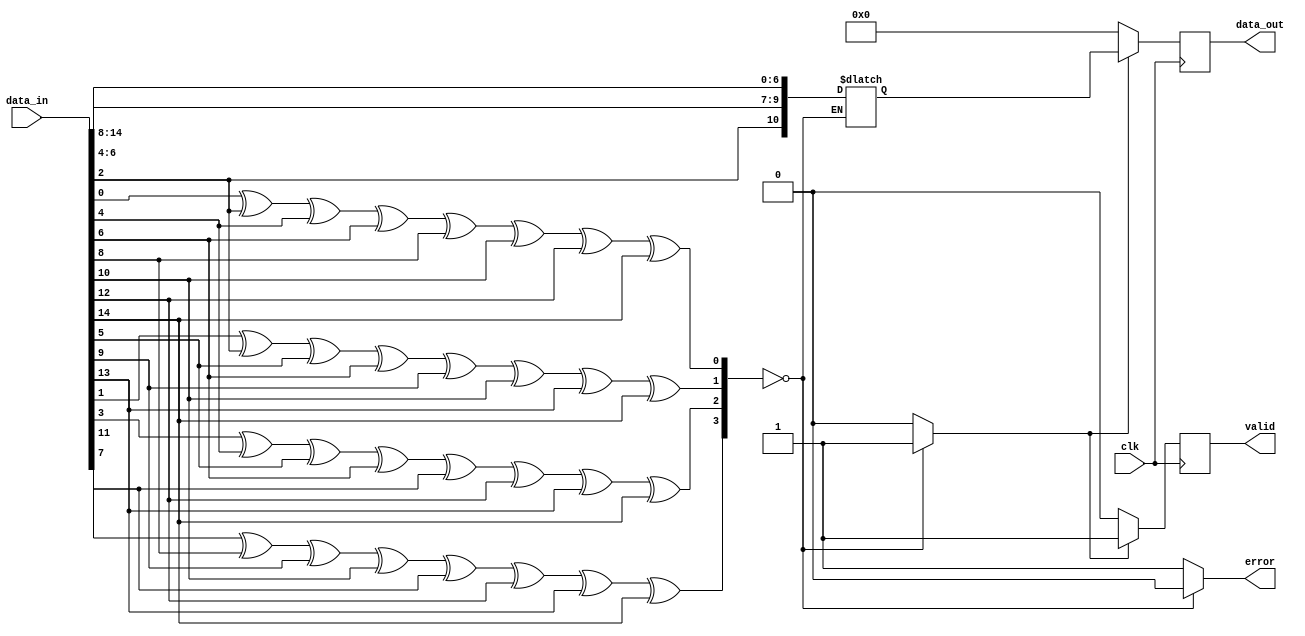
module DataVerifier (
    input wire clk,
    input wire [14:0] data_in,
    output reg [10:0] data_out,
    output reg valid,
    output reg error
);

reg [3:0] parity_bits;
reg [10:0] data_temp;
reg valid_temp;

// Calculate parity bits
always @* begin
    parity_bits[0] = data_in[0] ^ data_in[2] ^ data_in[4] ^ data_in[6] ^ data_in[8] ^ data_in[10] ^ data_in[12] ^ data_in[14];
    parity_bits[1] = data_in[1] ^ data_in[2] ^ data_in[5] ^ data_in[6] ^ data_in[9] ^ data_in[10] ^ data_in[13] ^ data_in[14];
    parity_bits[2] = data_in[3] ^ data_in[4] ^ data_in[5] ^ data_in[6] ^ data_in[11] ^ data_in[12] ^ data_in[13] ^ data_in[14];
    parity_bits[3] = data_in[7] ^ data_in[8] ^ data_in[9] ^ data_in[10] ^ data_in[11] ^ data_in[12] ^ data_in[13] ^ data_in[14];
end

// Check parity
always @* begin
    if (parity_bits == 4'b0000) begin
        // Parity is correct
        data_temp = {data_in[2], data_in[6:4], data_in[14:8]};
        valid_temp = 1;
        error = 0;
    end
    else begin
        // Parity is incorrect
        valid_temp = 0;
        error = 1;
    end
end

// Output data and valid signal with one clock delay
always @(posedge clk) begin
    if (valid_temp) begin
        data_out <= data_temp;
        valid <= 1;
    end
    else begin
        data_out <= 11'b0;
        valid <= 0;
    end
end

endmodule